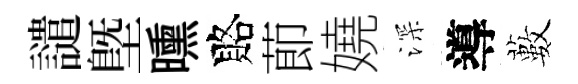
譴塈曛賂莭嬈深導藪